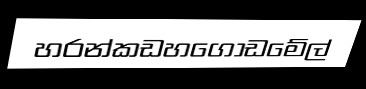
හරන්කඩහගොඩමේල්